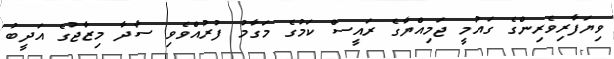
ވިޔަފާރިވެރިންގެ ގައުމީ ޖަމިއްޔާގެ ރައީސް ކަމުގެ މަގާމު ފުރުއްވެވި ސާދާ މިޒާޖުގެ އަދީބު